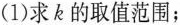
(1)求k的取值范围；